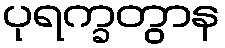
ပုရက္ခတွာန